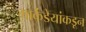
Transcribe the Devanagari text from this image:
मार्कंडेयांकडून